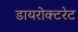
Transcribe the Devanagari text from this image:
डायरोक्टरेट